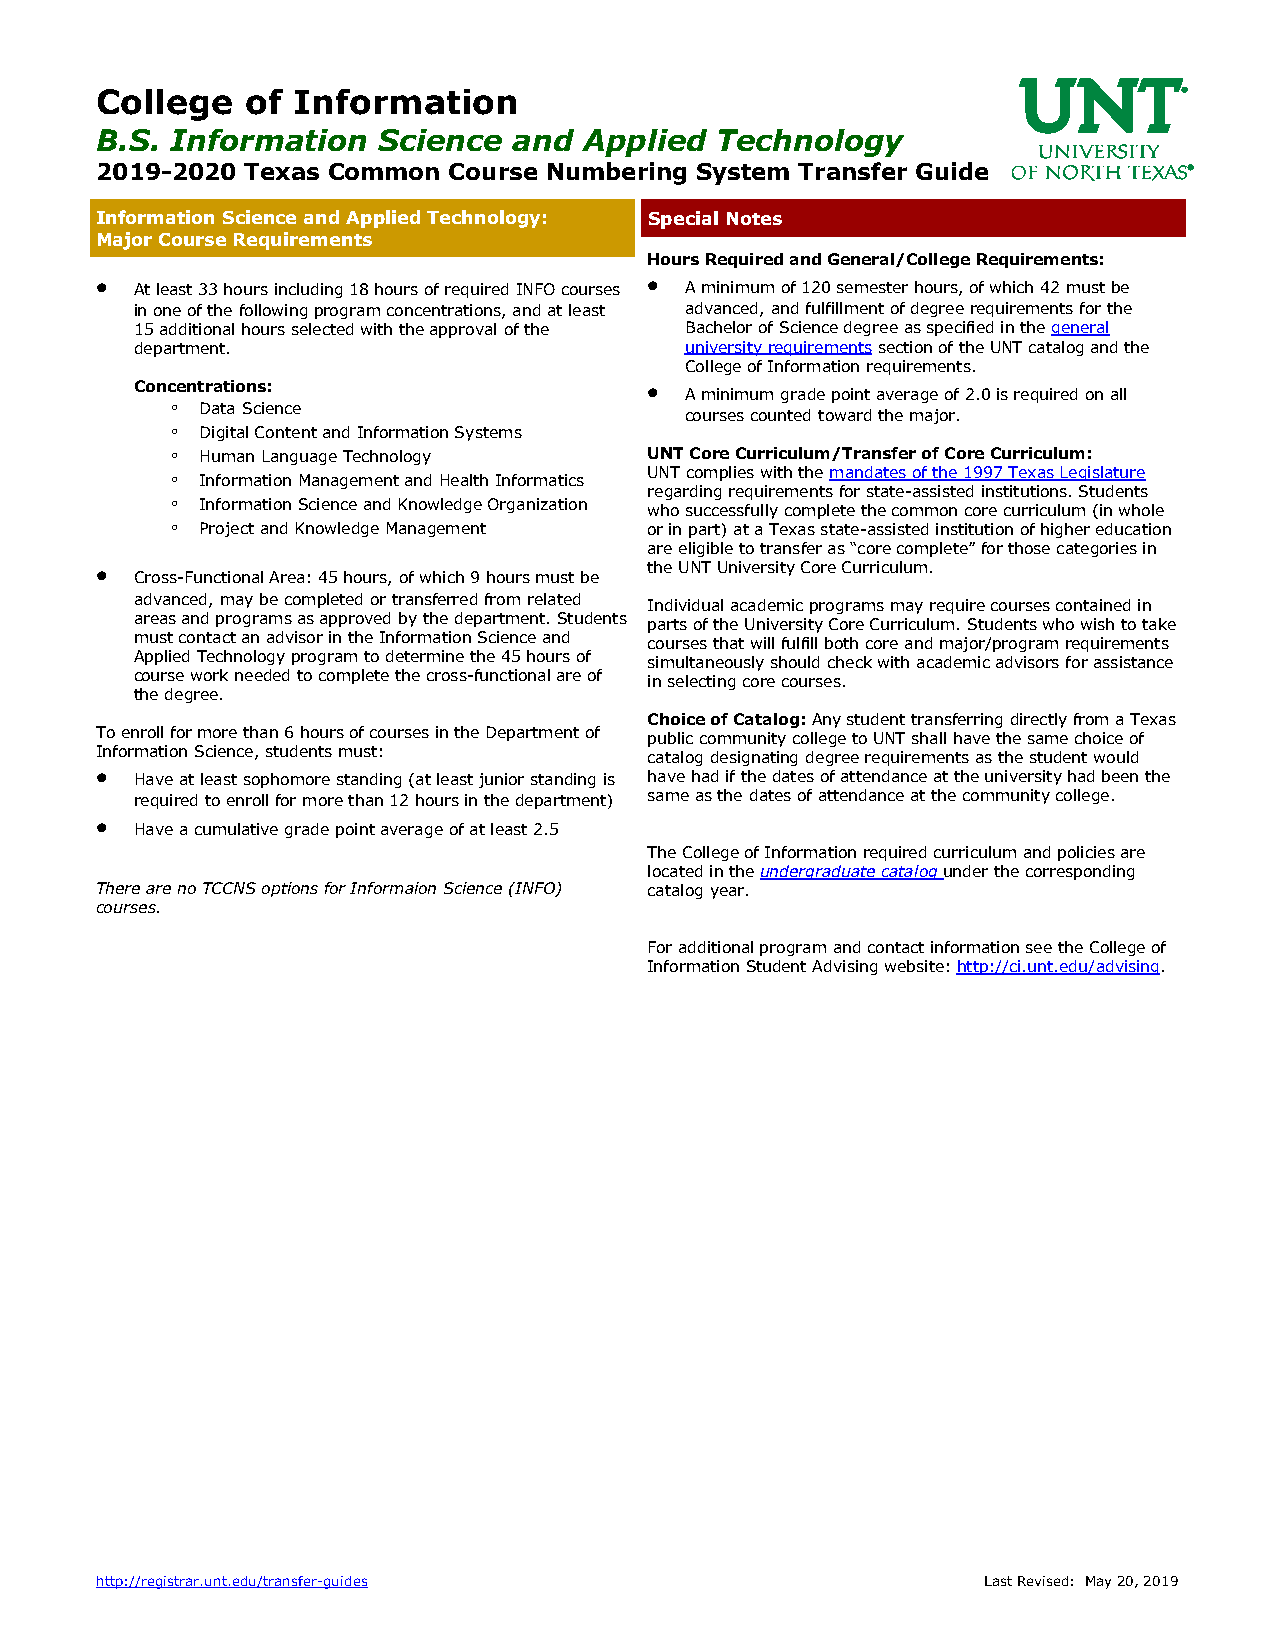
College   of Information
 B.S. Information   Science  and  Applied Technology
 2019-2020 Texas Common  Course Numbering System Transfer Guide
 Information Science and Applied Technology: Special Notes
 Major Course Requirements
 Hours Required and General/College Requirements:
   At least 33 hours including 18 hours of required INFO courses  A minimum of 120 semester hours, of which 42 must be
 in one of the following program concentrations, and at least advanced, and fulfillment of degree requirements for the
 15 additional hours selected with the approval of the Bachelor of Science degree as specified in the general
 department.                         university requirements section of the UNT catalog and the
 College of Information requirements.
 Concentrations:                   
 A minimum grade point average of 2.0 is required on all
 ◦ Data Science
 courses counted toward the major.
 ◦ Digital Content and Information Systems
 ◦ Human Language Technology     UNT Core Curriculum/Transfer of Core Curriculum:
 ◦ Information Management and Health Informatics UNT complies with the mandates of the 1997 Texas Legislature
 regarding requirements for state-assisted institutions. Students
 ◦ Information Science and Knowledge Organization who successfully complete the common core curriculum (in whole
 ◦ Project and Knowledge Management or in part) at a Texas state-assisted institution of higher education
 are eligible to transfer as “core complete” for those categories in
                                     the UNT University Core Curriculum.
 Cross-Functional Area: 45 hours, of which 9 hours must be
 advanced, may be completed or transferred from related
 Individual academic programs may require courses contained in
 areas and programs as approved by the department. Students
 parts of the University Core Curriculum. Students who wish to take
 must contact an advisor in the Information Science and
 courses that will fulfill both core and major/program requirements
 Applied Technology program to determine the 45 hours of
 simultaneously should check with academic advisors for assistance
 course work needed to complete the cross-functional are of
 in selecting core courses.
 the degree.
 Choice of Catalog: Any student transferring directly from a Texas
 To enroll for more than 6 hours of courses in the Department of
 public community college to UNT shall have the same choice of
 Information Science, students must:
 catalog designating degree requirements as the student would
   Have at least sophomore standing (at least junior standing is have had if the dates of attendance at the university had been the
 required to enroll for more than 12 hours in the department) same as the dates of attendance at the community college.
 
 Have a cumulative grade point average of at least 2.5
 The College of Information required curriculum and policies are
 located in the undergraduate catalog under the corresponding
 There are no TCCNS options for Informaion Science (INFO) catalog year.
 courses.
 For additional program and contact information see the College of
 Information Student Advising website: http://ci.unt.edu/advising.
 http://registrar.unt.edu/transfer-guides                   Last Revised: May 20, 2019